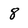
Character: 8